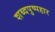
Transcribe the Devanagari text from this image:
शब्दपुष्पहार